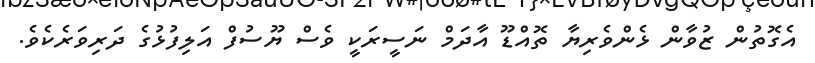
އެގޮތުން ޒުވާން ޅެންވެރިޔާ ތޮއްޑޫ އާދަމް ނަސީރަކީ ވެސް ޔޫސުފް އަލިފުޅުގެ ދަރިވަރެކެވެ.